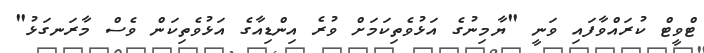
ޓްވީޓް ކުރައްވާފައި ވަނީ "ޔާމިނުގެ އަޅުވެތިކަމަށް ވުރެ އިންޑިއާގެ އަޅުވެތިކަން ވެސް މާރަނގަޅު"